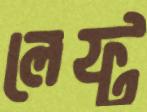
লেফ্ট